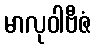
မာလုဝါဗီဇံ